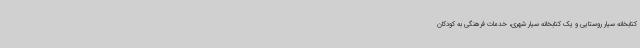
کتابخانه سیار روستایی و یک کتابخانه سیار ‌شهری، خدمات فرهنگی به کودکان